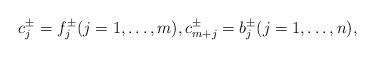
LaTeX: \begin{align*}c_j^\pm = f_j^\pm (j=1,\ldots,m), c_{m+j}^\pm = b_j^\pm (j=1,\ldots,n),\end{align*}